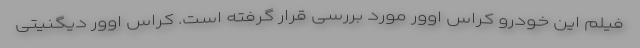
فیلم این خودرو کراس اوور مورد بررسی قرار گرفته است. کراس اوور دیگنیتی